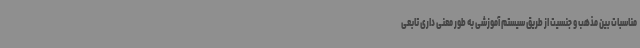
مناسبات بین مذهب و جنسیت از طریق سیستم آموزشی به طور معنی داری تابعی